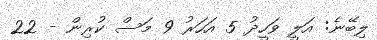
ލިބޭނެ: އަލީ ވަހީދު 5 އަހަރު 9 މަސް ކުރިން - 22